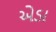
એડા